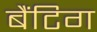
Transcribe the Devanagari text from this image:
बैंटिग